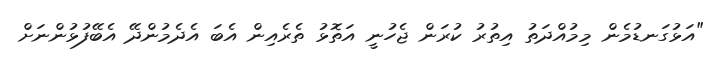
"އަޅުގަނޑުމެން މިމުއްދަތު އިތުރު ކުރަން ޖެހުނީ އަތޮޅު ތެރެއިން އެބަ އެދެމުންދޭ އެބޭފުޅުންނަށް